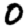
Digit: 0